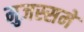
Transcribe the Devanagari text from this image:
मुजस्समे